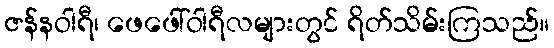
ဇန်နဝါရီ၊ ဖေဖေါ်ဝါရီလများတွင် ရိတ်သိမ်းကြသည်။